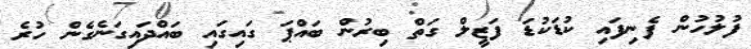
ފުލުހުން ފެނިފައި ކުޑަކުޑަ ފަޒީލް ގަތް ބިރުން ބައްޕަ ގައިގައި ބައްދައިގަނެގެން ހުރެ